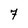
Character: 7